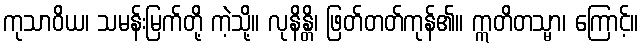
ကုသာဝိယ၊ သမန်းမြက်တို့ ကဲ့သို့။ လုနိန္တိ၊ ဖြတ်တတ်ကုန်၏။ ဣတိတသ္မာ၊ ကြောင့်။